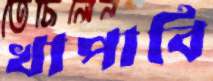
খাপাবি